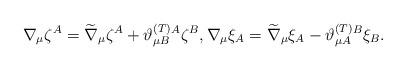
LaTeX: \begin{align*}\nabla _{\mu }\zeta ^{A}=\widetilde{\nabla }_{\mu }\zeta ^{A}+\vartheta_{\mu B}^{{\footnotesize (T)}}{}^{A}\zeta ^{B},\nabla _{\mu }\xi_{A}=\widetilde{\nabla }_{\mu }\xi _{A}-\vartheta _{\mu A}^{{\footnotesize (T)}}{}^{B}\xi _{B}. \end{align*}